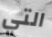
التي